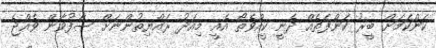
ކަންކަމަށް ބީރު ކަންފަތެއް ދެނީ ކީއްވެތޯ އެއީ މިއަދު ރައްޔިތުންނަށް ސާފުވާން ވެއްޖެ